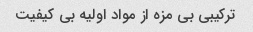
ترکیبی بی مزه از مواد اولیه بی کیفیت